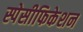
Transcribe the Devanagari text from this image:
स्पेसीफिकेशन